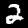
Label: 2